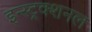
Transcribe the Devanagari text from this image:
इन्स्ट्रक्शनल